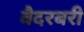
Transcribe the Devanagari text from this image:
वैदरबरी